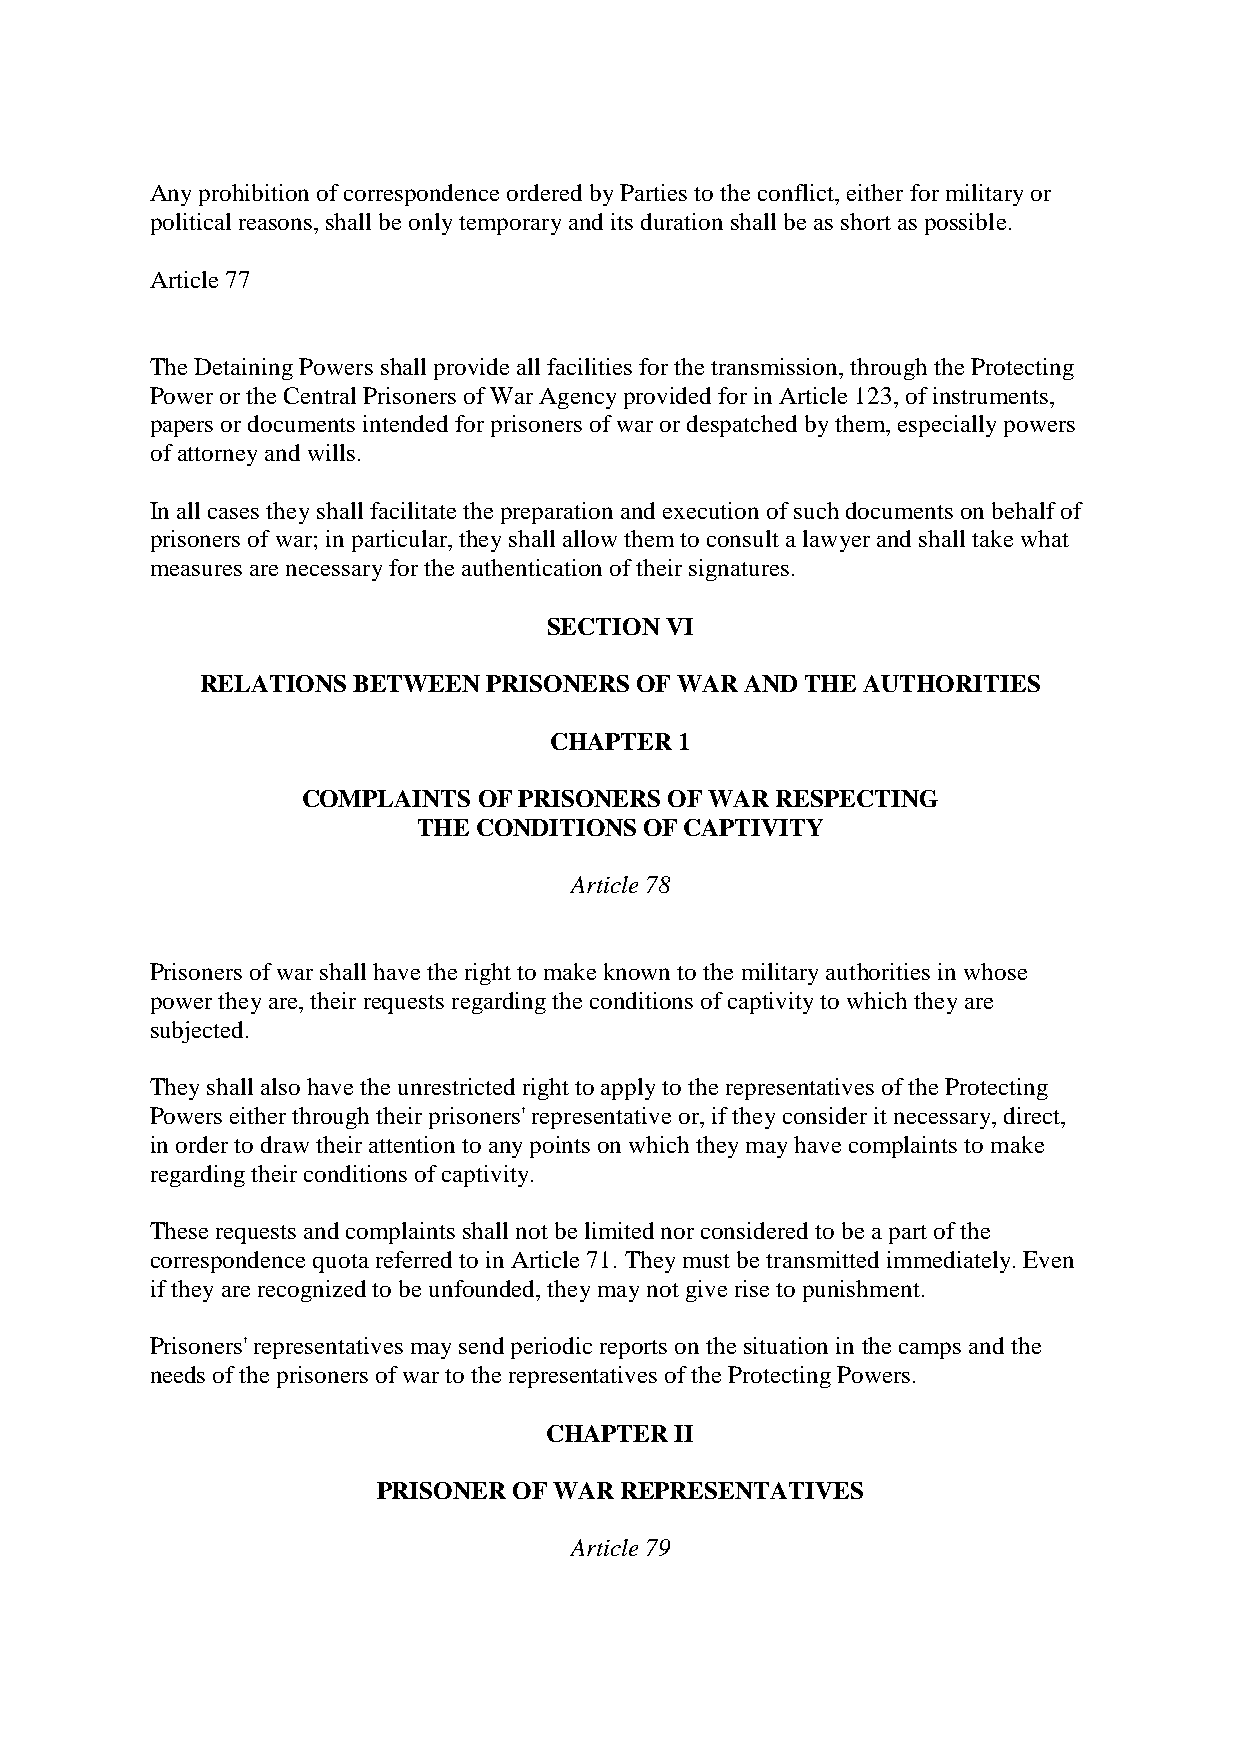
Any prohibition of correspondence ordered by Parties to the conflict, either for military or
 political reasons, shall be only temporary and its duration shall be as short as possible.
 Article 77
 The Detaining Powers shall provide all facilities for the transmission, through the Protecting
 Power or the Central Prisoners of War Agency provided for in Article 123, of instruments,
 papers or documents intended for prisoners of war or despatched by them, especially powers
 of attorney and wills.
 In all cases they shall facilitate the preparation and execution of such documents on behalf of
 prisoners of war; in particular, they shall allow them to consult a lawyer and shall take what
 measures are necessary for the authentication of their signatures.
 SECTION VI
 RELATIONS BETWEEN  PRISONERS OF WAR AND THE AUTHORITIES
 CHAPTER  1
 COMPLAINTS  OF PRISONERS OF WAR RESPECTING
 THE CONDITIONS OF CAPTIVITY
 Article 78
 Prisoners of war shall have the right to make known to the military authorities in whose
 power they are, their requests regarding the conditions of captivity to which they are
 subjected.
 They shall also have the unrestricted right to apply to the representatives of the Protecting
 Powers either through their prisoners' representative or, if they consider it necessary, direct,
 in order to draw their attention to any points on which they may have complaints to make
 regarding their conditions of captivity.
 These requests and complaints shall not be limited nor considered to be a part of the
 correspondence quota referred to in Article 71. They must be transmitted immediately. Even
 if they are recognized to be unfounded, they may not give rise to punishment.
 Prisoners' representatives may send periodic reports on the situation in the camps and the
 needs of the prisoners of war to the representatives of the Protecting Powers.
 CHAPTER  II
 PRISONER OF WAR REPRESENTATIVES
 Article 79